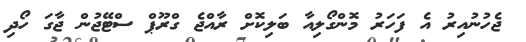
ޖެހުނުއިރު އެ ފަހަރު މޮންގޯލިއާ ބަލިކޮށް ރާއްޖެ ގްރޫޕް ސްޓޭޖުން ޖާގަ ހޯދި